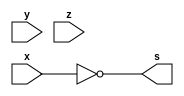
/*
 Guia_0401a.v - v0.0. - 27 / 08 / 2022
 Autor    : Gabriel Vargas Bento de Souza
 Matricula: 778023
 */

/* TRUTH TABLE */

// x'.(y'+z')'

/**
 expression: x'
 */
module fxy1 (output s,
            input  x, y, z);
   assign s = ~x;
endmodule // fxy1

/**
 expression: y'
 */
module fxy2 (output s,
            input  x, y, z);
   assign s = ~y;
endmodule // fxy2

/**
 expression: z'
 */
module fxy3 (output s,
            input  x, y, z);
   assign s = ~z;
endmodule // fxy3

/**
 expression: y' + z'
 */
module fxy4 (output s,
            input  x, y, z);
   assign s = (~y | ~z);
endmodule // fxy4

/**
 expression: (y' + z')'
 */
module fxy5 (output s,
            input  x, y, z);
   assign s = ~(~y | ~z);
endmodule // fxy5

/**
 expression: x' . (y' + z')'
 */
module fxy6 (output s,
            input  x, y, z);
   assign s = ~x & ~(~y | ~z);
endmodule // fxy6

/**
  Guia_0401a.v
 */
module Guia_0401a;
   reg  x, y, z;
   wire s1, s2, s3, s4, s5, s6;
   
   // instancias
   fxy1 FXY1 (s1, x, y, z);
   fxy2 FXY2 (s2, x, y, z);
   fxy3 FXY3 (s3, x, y, z);
   fxy4 FXY4 (s4, x, y, z);
   fxy5 FXY5 (s5, x, y, z);
   fxy6 FXY6 (s6, x, y, z);
   
   // valores iniciais
   initial begin: start
      x=1'bx; y=1'bx; z=1'bx; // indefinidos
   end

   // parte principal
   initial begin: main
      // identificacao
       $display("Gabriel Vargas Bento de Souza - 778023");
       $display("Test boolean expression");
       $display("\n01.a) x'.(y'+z')'\n");

       // monitoramento
       $display(" x  y  z   x'   y'   z'  (y'+z')  (y'+z')'  x'.(y'+z')' ");
       $monitor("%2b %2b %2b %3b %4b %4b %6b %8b %11b", x, y, z, s1, s2, s3, s4, s5, s6);

       // sinalizacao
       #1 x=0; y=0; z=0;
       #1 x=0; y=0; z=1;
       #1 x=0; y=1; z=0;
       #1 x=0; y=1; z=1;
       #1 x=1; y=0; z=0;
       #1 x=1; y=0; z=1;
       #1 x=1; y=1; z=0;
       #1 x=1; y=1; z=1;
   end
endmodule // Guia_0401a